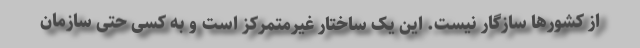
از کشورها سازگار نیست. این یک ساختار غیرمتمرکز است و به کسی حتی سازمان